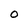
Character: O